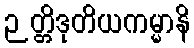
ဉတ္တိဒုတိယကမ္မာနိ